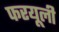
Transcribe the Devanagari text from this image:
फरयूली